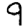
Digit: 9